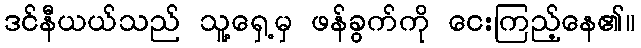
ဒင်နီယယ်သည် သူ့ရှေ့မှ ဖန်ခွက်ကို ငေးကြည့်နေ၏။